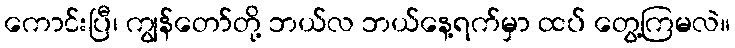
ကောင်းပြီ၊ ကျွန်တော်တို့ ဘယ်လ ဘယ်နေ့ရက်မှာ ထပ် တွေ့ကြမလဲ။